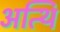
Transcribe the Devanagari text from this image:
अत्थि